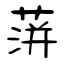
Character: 蓱